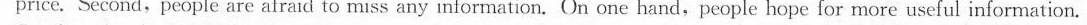
price. Second,peopie are afraid to miss any information. On one hand,people hope for more useful information.